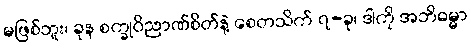
မဖြစ်ဘူး၊ ခုန စက္ခုဝိညာဏ်စိတ်နဲ့ စေတသိက် ၇-ခု၊ ဒါကို အဘိဓမ္မာ